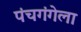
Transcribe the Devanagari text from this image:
पंचगंगेला